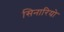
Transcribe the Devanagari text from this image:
सिनारियो